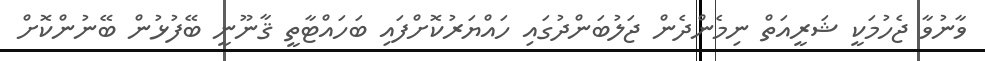
ވާނުވާ ޖެހުމަކީ ޝަރީއަތް ނިމެންދެން ޖަލުބަންދުގައި ހައްޔަރުކޮށްފައި ބަހައްޓާތީ ޤާނޫނީ ބޭފުޅުން ބޭނުންކޮށް